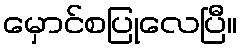
မှောင်စပြုလေပြီ။